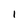
Character: 1